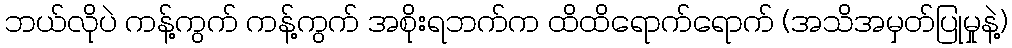
ဘယ်လိုပဲ ကန့်ကွက် ကန့်ကွက် အစိုးရဘက်က ထိထိရောက်ရောက် (အသိအမှတ်ပြုမှုနဲ့)